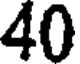
40